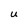
Character: U